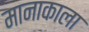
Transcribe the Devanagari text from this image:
मानाकाला